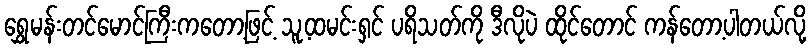
ရွှေမန်းတင်မောင်ကြီးကတော့ဖြင့် သူ့ထမင်းရှင် ပရိသတ်ကို ဒီလိုပဲ ထိုင်တောင် ကန်တော့ပါတယ်လို့